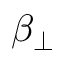
\beta _ { \perp }